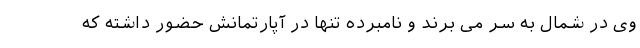
وی در شمال به سر می برند و نامبرده تنها در آپارتمانش حضور داشته که